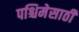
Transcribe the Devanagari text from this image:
पश्चिमेसाठी